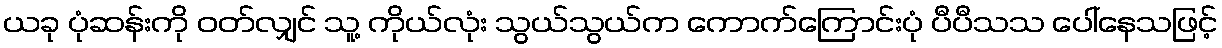
ယခု ပုံဆန်းကို ဝတ်လျှင် သူ့ ကိုယ်လုံး သွယ်သွယ်က ကောက်ကြောင်းပုံ ပီပီသသ ပေါ်နေသဖြင့်